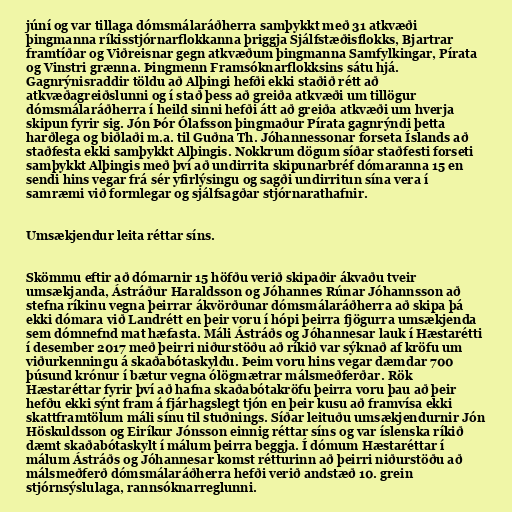
júní og var tillaga dómsmálaráðherra samþykkt með 31 atkvæði
þing­manna ríkisstjórnarflokkanna þriggja Sjálf­stæð­is­flokks, Bjartrar
fram­tíðar og Við­reisnar gegn atkvæðum þingmanna Sam­fylk­ing­ar, Pírata
og Vinstri grænna. Þingmenn Fram­sókn­ar­flokk­sins sátu hjá.
Gagnrýnisraddir töldu að Alþingi hefði ekki staðið rétt að
atkvæðagreiðslunni og í stað þess að greiða atkvæði um tillögur
dómsmálaráðherra í heild sinni hefði átt að greiða atkvæði um hverja
skipun fyrir sig. Jón Þór Ólafsson þingmaður Pírata gagnrýndi þetta
harðlega og biðlaði m.a. til Guðna Th. Jóhannessonar forseta Íslands að
staðfesta ekki samþykkt Alþingis. Nokkrum dögum síðar staðfesti forseti
samþykkt Alþingis með því að undirrita skipunarbréf dómaranna 15 en
sendi hins vegar frá sér yfirlýsingu og sagði undirritun sína vera í
samræmi við formlegar og sjálfsagðar stjórnarathafnir.

Umsækjendur leita réttar síns.

Skömmu eftir að dómarnir 15 höfðu verið skipaðir ákvaðu tveir
umsækjanda, Ástráður Haraldsson og Jóhannes Rúnar Jóhannsson að
stefna ríkinu vegna þeirrar ákvörðunar dómsmálaráðherra að skipa þá
ekki dómara við Landrétt en þeir voru í hópi þeirra fjögurra umsækjenda
sem dómnefnd mat hæfasta. Máli Ástráðs og Jóhannesar lauk í Hæstarétti
í desember 2017 með þeirri niðurstöðu að ríkið var sýknað af kröfu um
viðurkenningu á skaðabótaskyldu. Þeim voru hins vegar dæmdar 700
þúsund krónur í bætur vegna ólögmætrar málsmeðferðar. Rök
Hæstaréttar fyrir því að hafna skaðabótakröfu þeirra voru þau að þeir
hefðu ekki sýnt fram á fjárhagslegt tjón en þeir kusu að framvísa ekki
skattframtölum máli sínu til stuðnings. Síðar leituðu umsækjendurnir Jón
Höskuldsson og Eiríkur Jónsson einnig réttar síns og var íslenska ríkið
dæmt skaðabótaskylt í málum þeirra beggja. Í dómum Hæstaréttar í
málum Ástráðs og Jóhannesar komst rétturinn að þeirri niðurstöðu að
málsmeðferð dómsmálaráðherra hefði verið andstæð 10. grein
stjórnsýslulaga, rannsóknarreglunni.